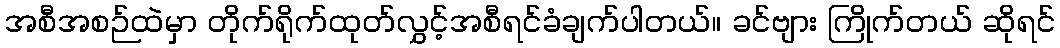
အစီအစဉ်ထဲမှာ တိုက်ရိုက်ထုတ်လွှင့်အစီရင်ခံချက်ပါတယ်။ ခင်ဗျား ကြိုက်တယ် ဆိုရင်